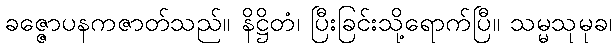
ခဇ္ဇောပနကဇာတ်သည်။ နိဋ္ဌိတံ၊ ပြီးခြင်းသို့ရောက်ပြီ။ သမ္မသုမုခ၊